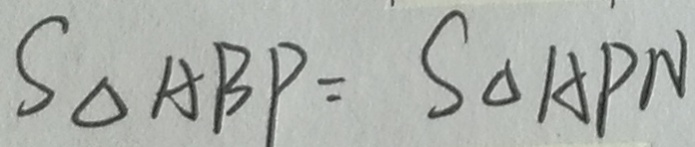
S _ { \Delta A B P } = S _ { \Delta A P N }